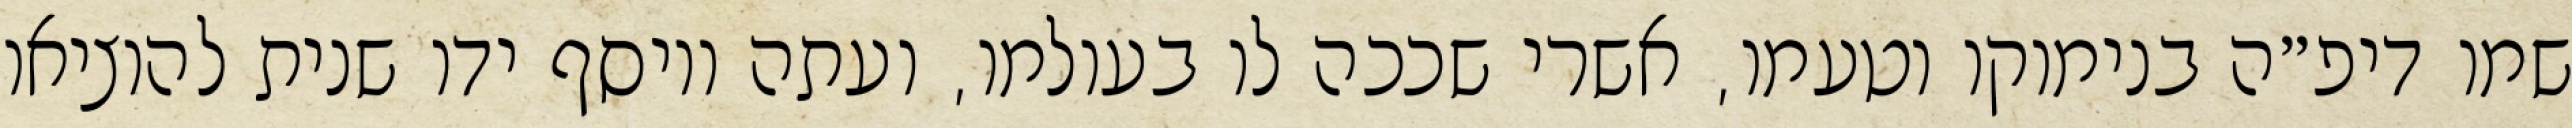
שמו דיפ״ה בנימוקו וטעמו, אשרי שככה לו בעולמו, ועתה ויוסף ידו שנית להוציאו